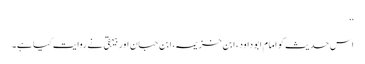
‘‘
اس حدیث کو امام ابو داود، ابن خزیمہ، ابن حبان اور بیہقی نے روایت کیا ہے۔